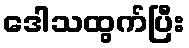
ဒေါသထွက်ပြီး